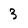
Character: 3